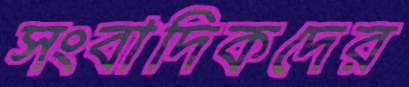
সংবাদিকদের